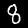
Digit: 8